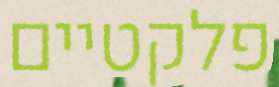
פלקטיים